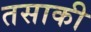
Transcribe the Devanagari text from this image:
तसाकी